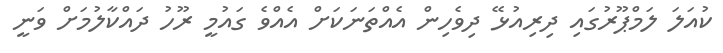
ކުއަލަ ލަމްޕޫރުގައި ދިރިއުޅޭ ދިވެހިން އެއްތަނަކަށް އެއްވެ ގައުމީ ރޫހު ދައްކާލުމަށް ވަނީ